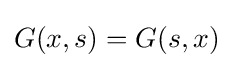
G(x,s)=G(s,x)